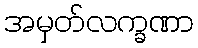
အမှတ်လက္ခဏာ